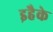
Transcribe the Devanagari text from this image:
इहैके